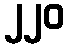
၂၂၀